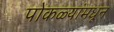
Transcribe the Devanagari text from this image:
पोकळ्यांमधून